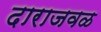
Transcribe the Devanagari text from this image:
दाराजवळ